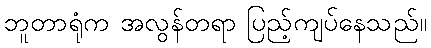
ဘူတာရုံက အလွန်တရာ ပြည့်ကျပ်နေသည်။